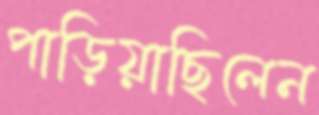
পাড়িয়াছিলেন